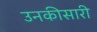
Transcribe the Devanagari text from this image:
उनकीसारी